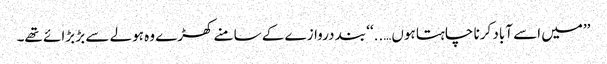
’’میں اسے آباد کرنا چاہتا ہوں…..‘‘ بند دروازے کے سامنے کھڑے وہ ہولے سے بڑ بڑائے تھے۔